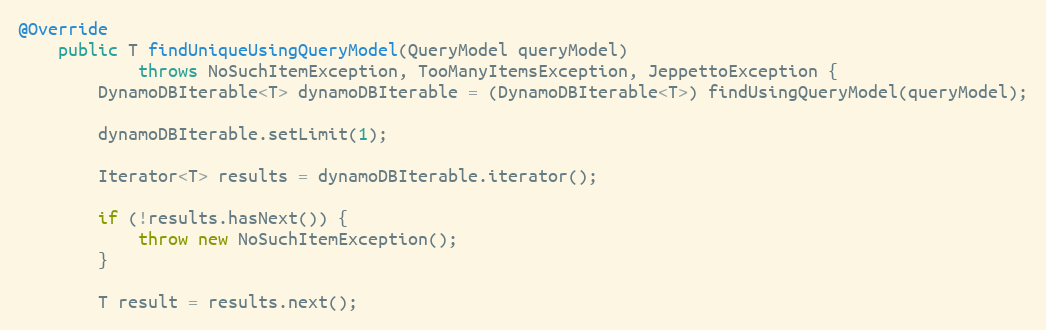
Language: Java
@Override
    public T findUniqueUsingQueryModel(QueryModel queryModel)
            throws NoSuchItemException, TooManyItemsException, JeppettoException {
        DynamoDBIterable<T> dynamoDBIterable = (DynamoDBIterable<T>) findUsingQueryModel(queryModel);

        dynamoDBIterable.setLimit(1);

        Iterator<T> results = dynamoDBIterable.iterator();

        if (!results.hasNext()) {
            throw new NoSuchItemException();
        }

        T result = results.next();